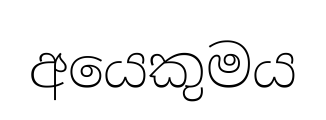
අයෙකුමය